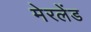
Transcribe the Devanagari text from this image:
मेरलेंड